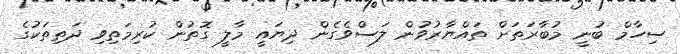
ސިހާމް ބުނީ މުބާރަތަށް ތައްޔާރުވުން ލަސްވެގެން ދިޔައީ މާލީ ގޮތުން ކުރިމަތިވި ދަތިތަކުގެ